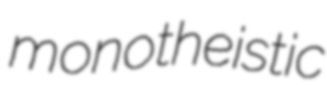
monotheistic